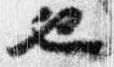
也